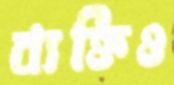
ব্যক্তিও